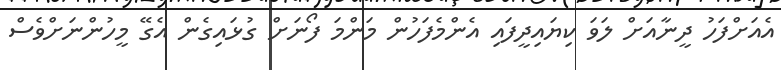
އެއަށްފަހު ދީނާއަށް ލަވަ ކިޔައިދީފައި އެންމެފަހުން މަންމަ ފޯނަށް ގުޅައިގެން އެގޭ މީހުންނަށްވެސް